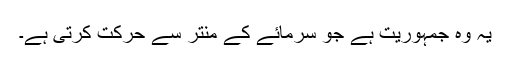
یہ وہ جمہوریت ہے جو سرمائے کے منتر سے حرکت کرتی ہے۔